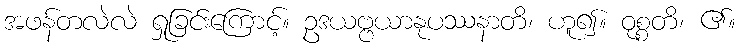
အဖန်တလဲလဲ ရှုခြင်းကြောင့်။ ဥဒယဗ္ဗယာနုပဿနာတိ၊ ဟူ၍။ ဝုစ္စတိ၊ ၏။